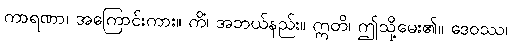
ကာရဏာ၊ အကြောင်းကား။ ကိံ၊ အဘယ်နည်း။ ဣတိ၊ ဤသို့မေး၏။ ဒေဝဿ၊